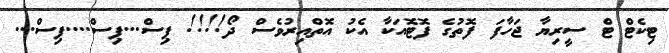
ޓިކެޓް ޓް ސީރިޔާ ޖަހާފަ ފޮތުގެ ފޮޓޮއަކާ އެކު އޮތްއިރުވެސް ދޯ!!!! ޕިސް...ޕިސް....ޕިސް...